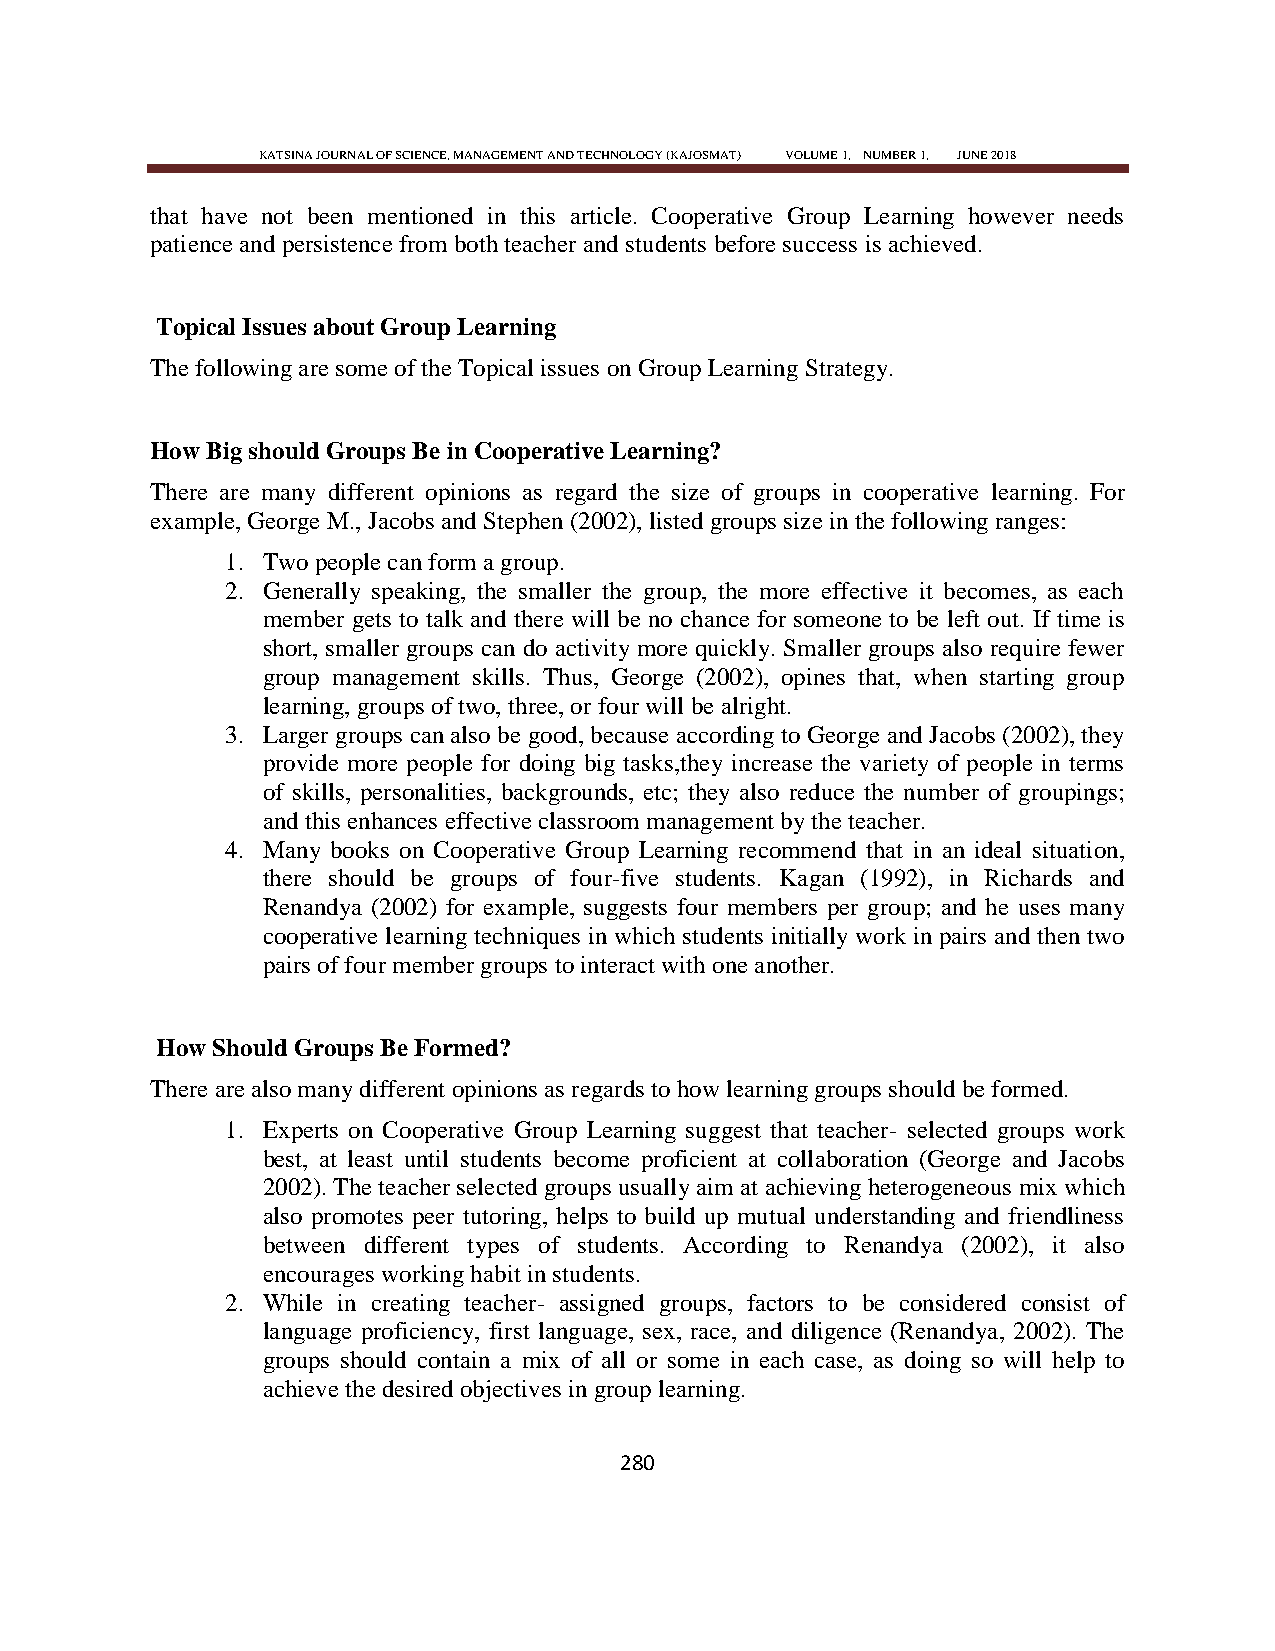
KATSINA JOURNAL OF SCIENCE, MANAGEMENT AND TECHNOLOGY (KAJOSMAT) VOLUME 1, NUMBER 1, JUNE 2018
 that have not been mentioned in this article. Cooperative Group Learning however needs
 patience and persistence from both teacher and students before success is achieved.
 Topical Issues about Group Learning
 The following are some of the Topical issues on Group Learning Strategy.
 How Big should Groups Be in Cooperative Learning?
 There are many different opinions as regard the size of groups in cooperative learning. For
 example, George M., Jacobs and Stephen (2002), listed groups size in the following ranges:
 1. Two people can form a group.
 2. Generally speaking, the smaller the group, the more effective it becomes, as each
 member gets to talk and there will be no chance for someone to be left out. If time is
 short, smaller groups can do activity more quickly. Smaller groups also require fewer
 group management skills. Thus, George (2002), opines that, when starting group
 learning, groups of two, three, or four will be alright.
 3. Larger groups can also be good, because according to George and Jacobs (2002), they
 provide more people for doing big tasks,they increase the variety of people in terms
 of skills, personalities, backgrounds, etc; they also reduce the number of groupings;
 and this enhances effective classroom management by the teacher.
 4. Many books on Cooperative Group Learning recommend that in an ideal situation,
 there should be groups of four-five students. Kagan (1992), in Richards and
 Renandya (2002) for example, suggests four members per group; and he uses many
 cooperative learning techniques in which students initially work in pairs and then two
 pairs of four member groups to interact with one another.
 How Should Groups Be Formed?
 There are also many different opinions as regards to how learning groups should be formed.
 1. Experts on Cooperative Group Learning suggest that teacher- selected groups work
 best, at least until students become proficient at collaboration (George and Jacobs
 2002). The teacher selected groups usually aim at achieving heterogeneous mix which
 also promotes peer tutoring, helps to build up mutual understanding and friendliness
 between different types of students. According to Renandya (2002), it also
 encourages working habit in students.
 2. While in creating teacher- assigned groups, factors to be considered consist of
 language proficiency, first language, sex, race, and diligence (Renandya, 2002). The
 groups should contain a mix of all or some in each case, as doing so will help to
 achieve the desired objectives in group learning.
 280